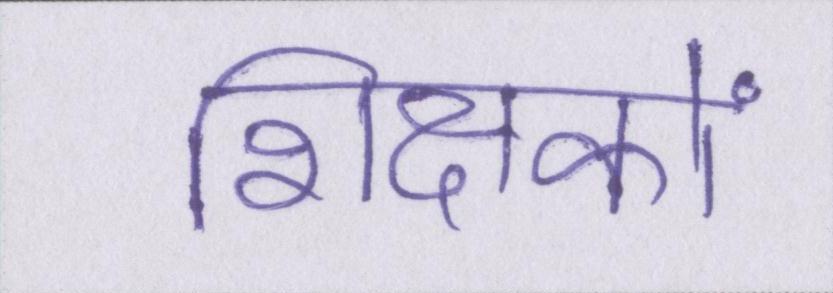
शिक्षकों